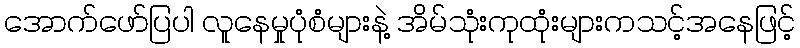
အောက်ဖော်ပြပါ လူနေမှုပုံစံများနဲ့ အိမ်သုံးကုထုံးများကသင့်အနေဖြင့်